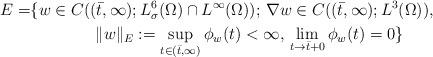
LaTeX: \begin{align*}E=&\{w\in C((\bar t,\infty); L^6_\sigma(\Omega)\cap L^\infty(\Omega));\,\nabla w\in C((\bar t,\infty); L^3(\Omega)), \\&\qquad\qquad\|w\|_E:=\sup_{t\in (\bar t,\infty)}\phi_w(t)<\infty,\,\lim_{t\to\bar t+0}\phi_w(t)=0\}\end{align*}